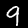
Label: 9